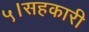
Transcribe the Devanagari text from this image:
५।सहकारी